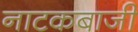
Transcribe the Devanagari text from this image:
नाटकबाजी